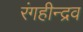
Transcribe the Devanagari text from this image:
रंगहीन्द्रव